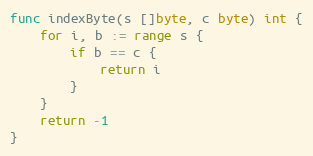
Language: Go
func indexByte(s []byte, c byte) int {
	for i, b := range s {
		if b == c {
			return i
		}
	}
	return -1
}